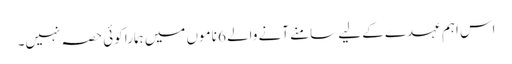
اس اہم عہدے کے لیے سامنے آنے والے 6 ناموں میں ہمارا کوئی حصہ نہیں۔